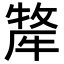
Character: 𭷯